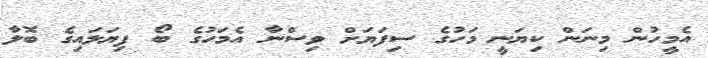
އެމީހުން މިނަން ކިޔަނީ މަހުގެ ސިފަޔަށް ވިސްނާ އެމަހުގެ ބޯ ފިޔަލައިގެ ބޮލާ